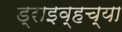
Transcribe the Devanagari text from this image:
ड्राइव्हच्या